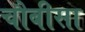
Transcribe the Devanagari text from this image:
चौबीसा